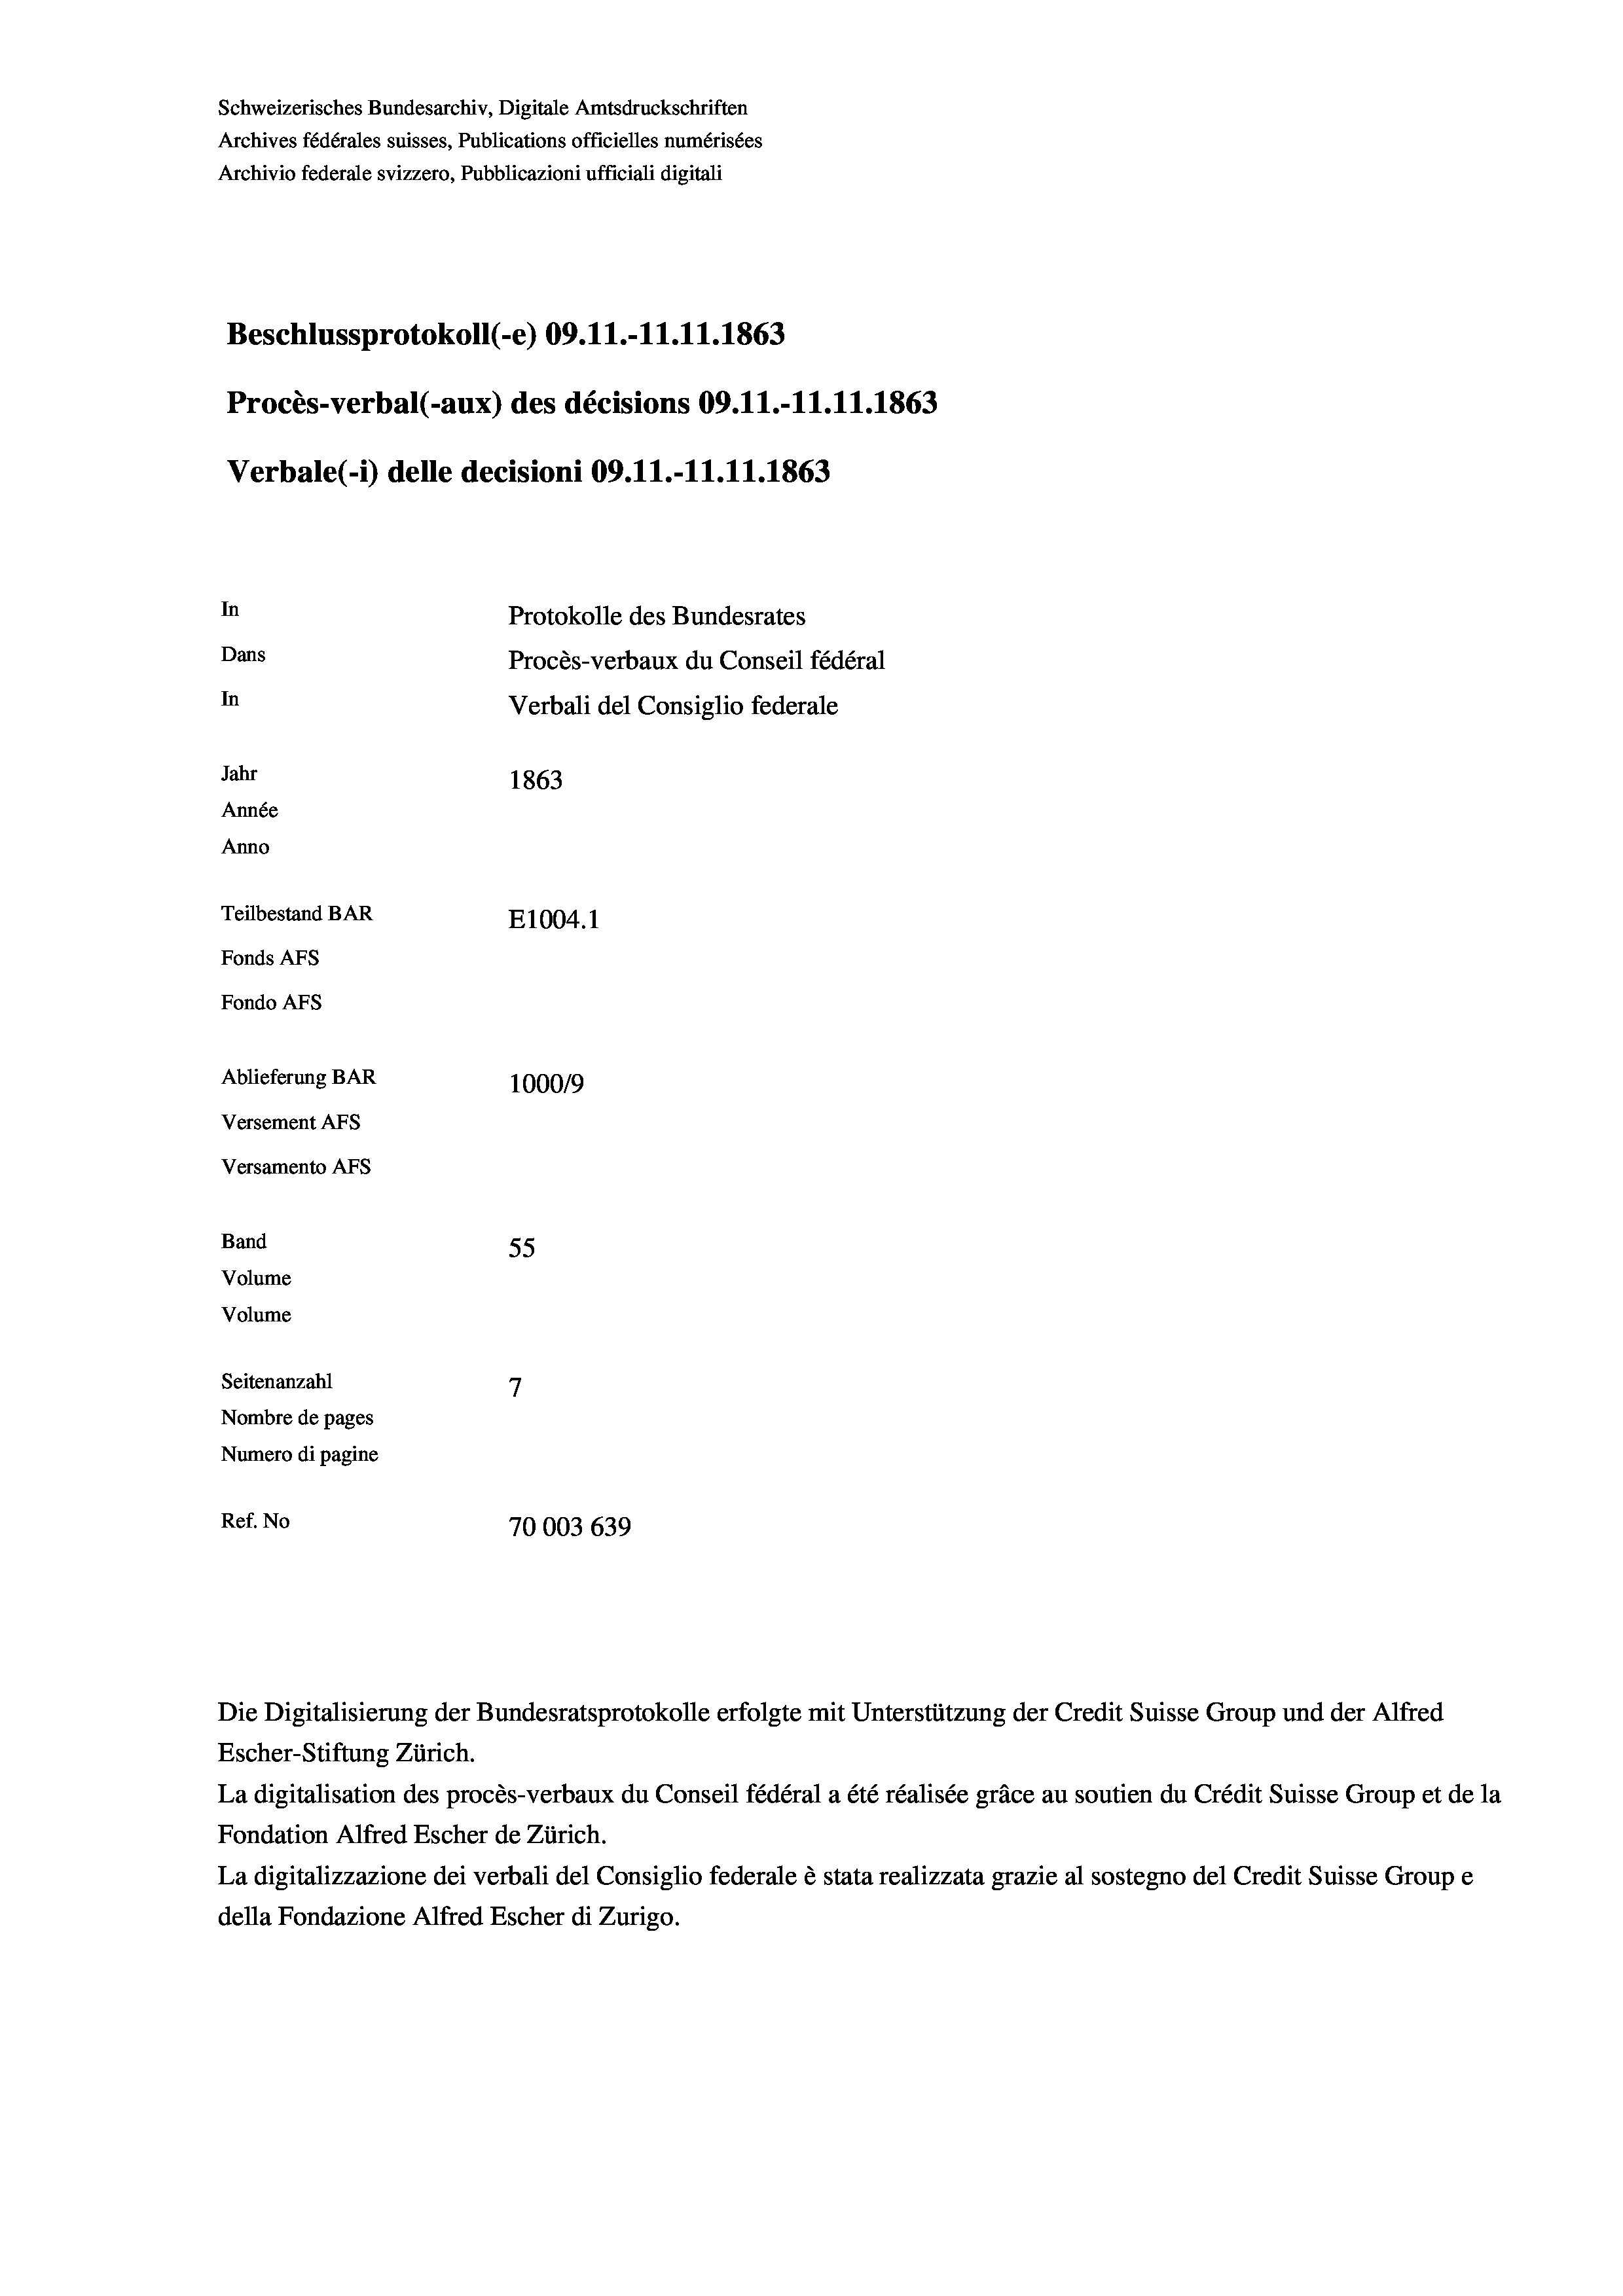
Schweizerisches Bundesarchiv, Digitale Amtsdruckschriften
Archives fédérales suisses, Publications officielles numérisées
Archivio federale svizzero, Pubblicazioni ufficiali digitali
Beschlussprotokoll (-e) 09.11.-11.11.1863
Procès-verbal (-aux) des décisions 09.11.-11.11.1863
Verbale(-*) delle decisioni 09.11.-11.11.1863
In
Protokolle des Bundesrates
Dans
Procès-verbaux du Conseil fédéral
In
Verbali del Consiglio federale
Jahr
1863
Année
Anno
Teilbestand BAR
E1004.1
Fonds AFs
Fondo AFs
Ablieferung BAR
1000/9
Versement As
Versamento AFS

55
7
Seitenanzahl
Nombre de pages
Numero di pagine
Ref. No
70003 639

Band
Volume
Volume

Escher-Stiftung Zürich.
La digitalisation des procès-verbaux du Conseil fédéral a été réalisée gräce au soutien du Crédit Suisse Group et de la
Fondation Alfred Escher de Zürich.
La digitalizzazione dei verbali del Consiglio federale è stata realizzata grazie al sostegno del Credit Suisse Groupe
della Fondazione Alfred Escher di Zurigo.

Die Digitalisierung der Bundesratsprotokolle erfolgte mit Unterstützung der Credit Suisse Group und der Alfred